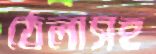
ঠেলাসহ